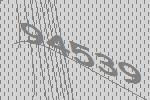
94539